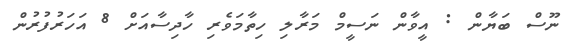
ނޫސް ބަޔާން : އީވާން ނަސީމް މަރާލި ހިތާމަވެރި ހާދިސާއަށް 8 އަހަރުފުރުން